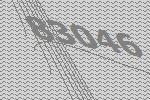
83046